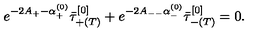
e ^ { - 2 A _ { + } - \alpha _ { + } ^ { ( 0 ) } } \bar { \tau } _ { + ( T ) } ^ { [ 0 ] } + e ^ { - 2 A _ { -- } \alpha _ { - } ^ { ( 0 ) } } \bar { \tau } _ { - ( T ) } ^ { [ 0 ] } = 0 .